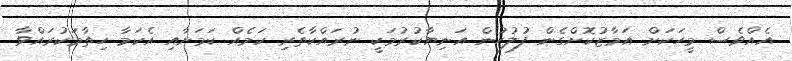
އެއްވެސް މީހަކަށް އަމާޒުކޮށްގެން ފުލުހުން އަނިޔާކުރުމަކީ ނުރައްކާތެރި ކަމެއް ކަމަށާއި އެކަމާ ހިތާމަކުރައްވާ